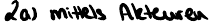
2a) mittels Akteuren